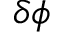
\delta \phi